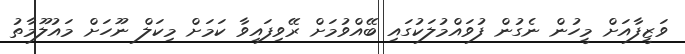
ވަޒީފާއަށް މީހުން ނެގުން ފުވައްމުލަކުގައި ބޭއްވުމަށް ރޭވިފައިވާ ކަމަށް މިކަލް ނޫހަށް މައުލޫމާތު